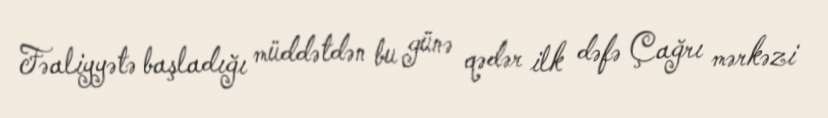
Fəaliyyətə başladığı müddətdən bu günə qədər ilk dəfə Çağrı mərkəzi